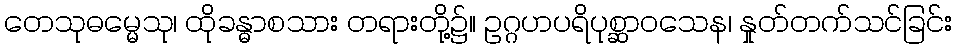
တေသုဓမ္မေသု၊ ထိုခန္ဓာစသား တရားတို့၌။ ဥဂ္ဂဟပရိပုစ္ဆာဝသေန၊ နှုတ်တက်သင်ခြင်း